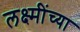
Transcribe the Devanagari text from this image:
लक्ष्मींच्या